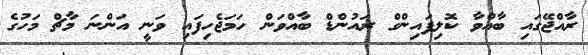
ރާއްޖޭގައި ބާއްވާ ކޮލިފައިންގް ރައުންޑް ބާއްވަން ހަމަޖެހިފައި ވަނީ އަންނަ މާޗް މަހުގެ